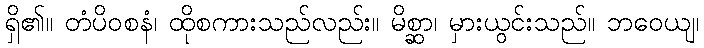
ရှိ၏။ တံပိဝစနံ၊ ထိုစကားသည်လည်း။ မိစ္ဆာ၊ မှားယွင်းသည်။ ဘဝေယျ၊